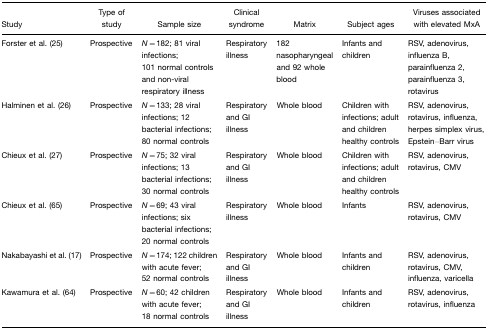
| Study | Type of study | Sample size | Clinical syndrome | Matrix | Subject ages | Viruses associated with elevated MxA |
 | --- | --- | --- | --- | --- | --- | --- |
 | Forster et al. (25) | Prospective | N=182; 81 viral infections; 101 normal controls and non-viral respiratory illness | Respiratory illness | 182 nasopharyngeal and 92 whole blood | Infants and children | RSV, adenovirus, influenza B, parainfluenza 2, parainfluenza 3, rotavirus |
 | Halminen et al. (26) | Prospective | N=133; 28 viral infections; 12 bacterial infections; 80 normal controls | Respiratory and GI illness | Whole blood | Children with infections; adult and children healthy controls | RSV, adenovirus, rotavirus, influenza, herpes simplex virus, Epstein–Barr virus |
 | Chieux et al. (27) | Prospective | N=75; 32 viral infections; 13 bacterial infections; 30 normal controls | Respiratory and GI illness | Whole blood | Children with infections; adult and children healthy controls | RSV, adenovirus, rotavirus, CMV |
 | Chieux et al. (65) | Prospective | N=69; 43 viral infections; six bacterial infections; 20 normal controls | Respiratory illness | Whole blood | Infants | RSV, adenovirus, rotavirus, CMV |
 | Nakabayashi et al. (17) | Prospective | N=174; 122 children with acute fever; 52 normal controls | Respiratory and GI illness | Whole blood | Infants and children | RSV, adenovirus, rotavirus, CMV, influenza, varicella |
 | Kawamura et al. (64) | Prospective | N=60; 42 children with acute fever; 18 normal controls | Respiratory and GI illness | Whole blood | Infants and children | RSV, adenovirus, rotavirus, influenza |